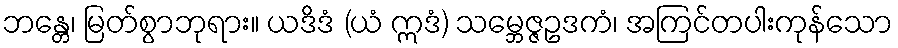
ဘန္တေ၊ မြတ်စွာဘုရား။ ယဒိဒံ (ယံ ဣဒံ) သမ္ဘေဇ္ဇဥဒကံ၊ အကြင်တပါးကုန်သော